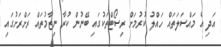
އަދި އެ މައްސަލަތައް ހައްލު ކުރުމަށް ރިސޯޓްތަކުގައި ބޭނުން ކުރާ ނިޒާމުތައް ރަށްރަށުގައި